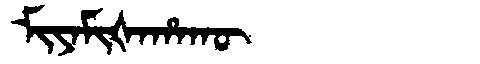
Manchu: ᠮᡳᠶᠠᠮᡳᡧᠠᡥᠠᡴᡡ
Romanization: MIYAMIŠAHAKŪ